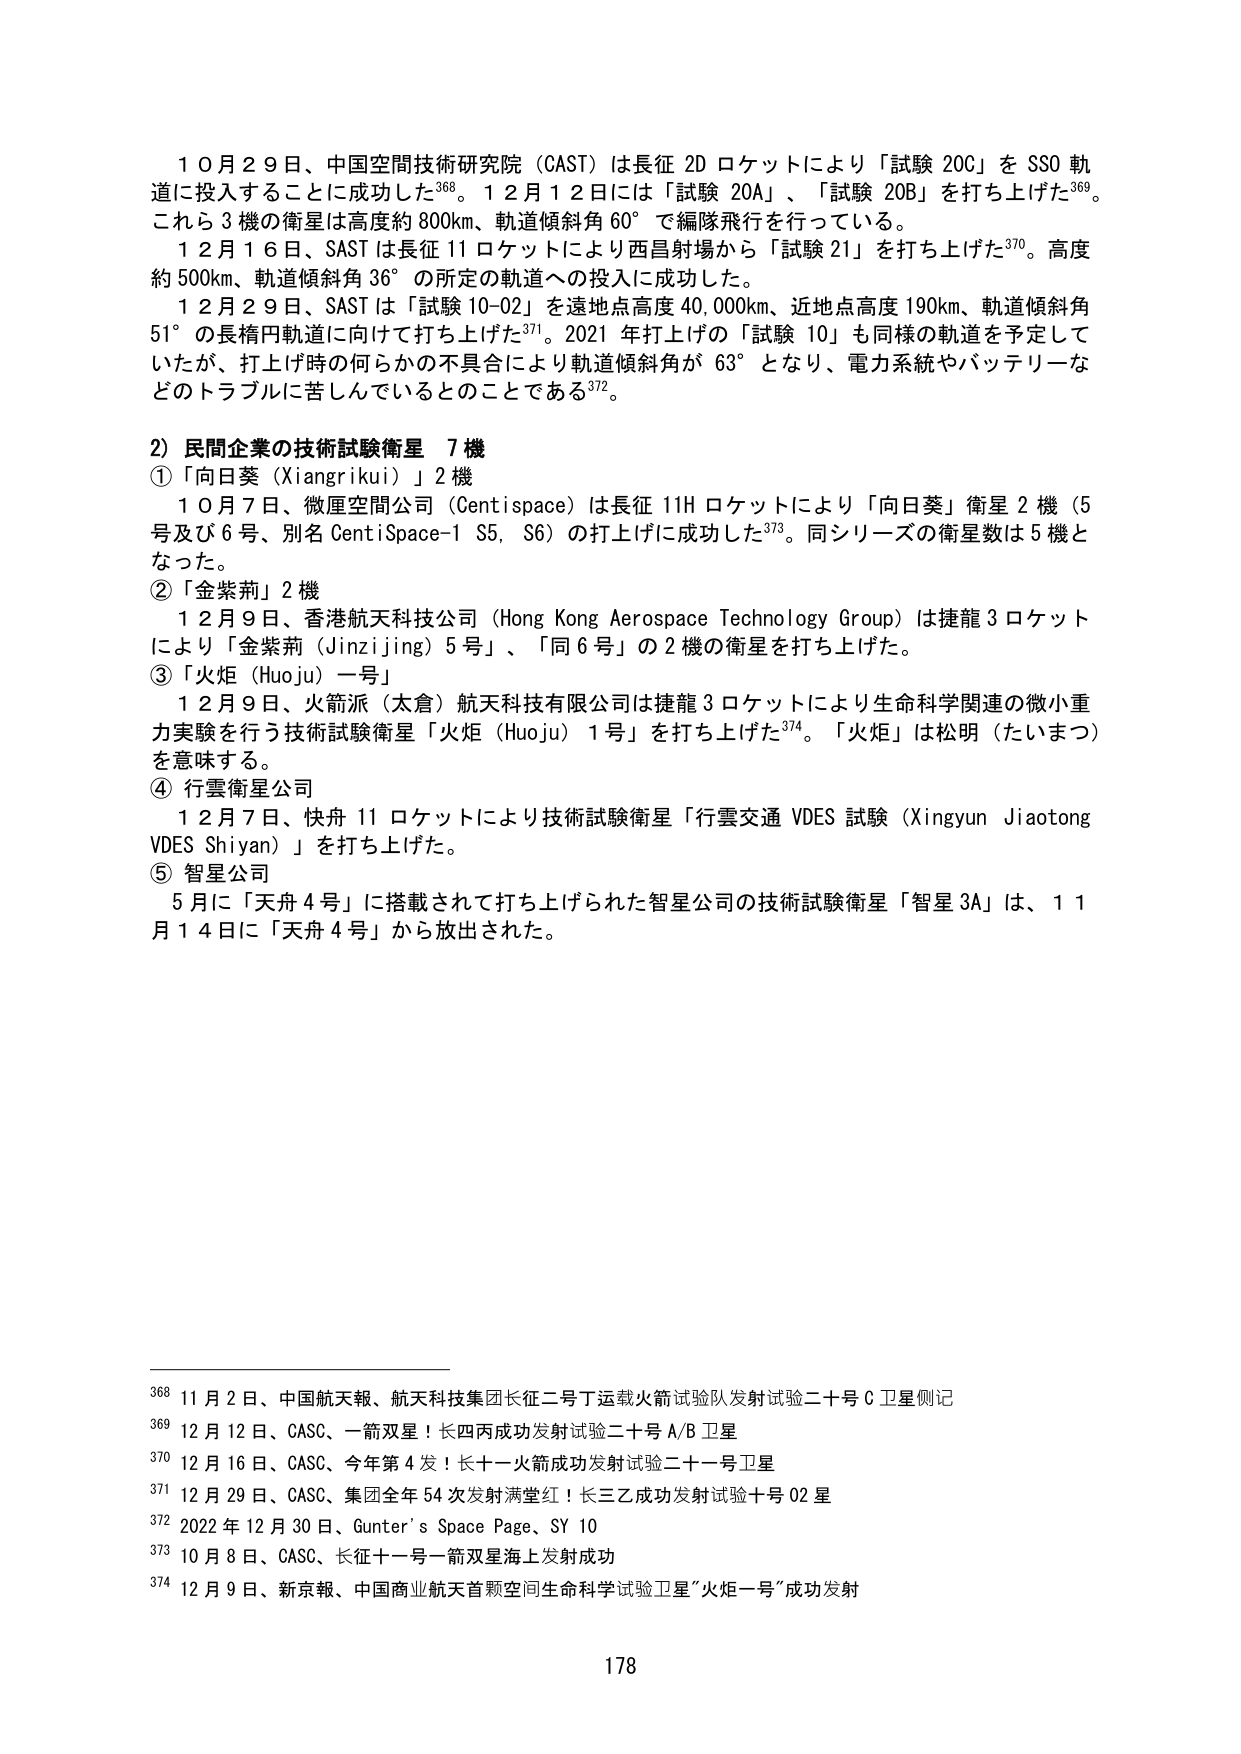
10月29日、中国空間技術研究院（CAST）は長征2Dロケットにより「試験20C」をSSO軌道に投入することに成功した368。12月12日には「試験20A」、「試験20B」を打ち上げた369。これに3機の衛星は高度約800km、軌道傾斜角60°で編隊飛行を行っている。

12月16日、SASTは長征11ロケットにより西昌射場から「試験21」を打ち上げた370。高度約500km、軌道傾斜角36°の所定の軌道への投入に成功した。

12月29日、SASTは「試験10-02」を遠地点高度40,000km、近地点高度190km、軌道傾斜角51°の長楕円軌道に向けて打ち上げた371。2021年打上げの「試験10」も同様の軌道を予定していたが、打上げ時の何らかの不具合により軌道傾斜角が63°となり、電力系統やバッテリーなどのトラブルに苦しんでいるとのことである372。

2）民間企業の技術試験衛星 7機

①「向日葵（Xiangrikui）」2機

10月7日、微厘空間公司（Centispace）は長征11Hロケットにより「向日葵」衛星2機（5号及び6号、別名CentiSpace-1 S5, S6）の打上げに成功した373。同シリーズの衛星数は5機となった。

②「金紫荊」2機

12月9日、香港航天科技公司（Hong Kong Aerospace Technology Group）は捷龍3ロケットにより「金紫荊（Jinziijing）5号」、「同6号」の2機の衛星を打ち上げた。

③「火炬（Huoju）一号」

12月9日、火箭派（太倉）航天科技有限公司は捷龍3ロケットにより生命科学関連の微小重力実験を行う技術試験衛星「火炬（Huoju）1号」を打ち上げた374。「火炬」は松明（たいまつ）を意味する。

④ 行雲衛星公司

12月7日、快舟11ロケットにより技術試験衛星「行雲交通VDES試験（Xingyun Jiaotong VDES Shiyan）」を打ち上げた。

⑤ 智星公司

5月に「天舟4号」に搭載されて打ち上げられた智星公司的技術試験衛星「智星3A」は、11月14日に「天舟4号」から放出された。

368 11月2日、中国航天報、航天科技集团长征二号丁运载火箭试验队发射试验二十号C卫星侧记

369 12月12日、CASC、一箭双星！长四丙成功发射试验二十号A/B卫星

370 12月16日、CASC、今年第4发！长十一火箭成功发射试验二十一号卫星

371 12月29日、CASC、集团全年54次发射满堂红！长三乙成功发射试验十号02星

372 2022年12月30日、Gunter's Space Page、SY 10

373 10月8日、CASC、长征十一号一箭双星海上发射成功

374 12月9日、新京報、中国商业航天首颗空间生命科学试验卫星“火炬一号”成功发射

178